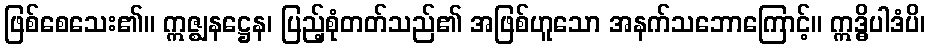
ဖြစ်စေသေး၏။ ဣဇ္ဈနဋ္ဌေန၊ ပြည့်စုံတတ်သည်၏ အဖြစ်ဟူသော အနက်သဘောကြောင့်။ ဣဒ္ဓိပါဒံပိ၊